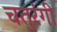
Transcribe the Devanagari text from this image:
चतुरंगी